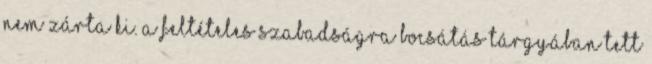
nem zárta ki. A feltételes szabadságra bocsátás tárgyában tett